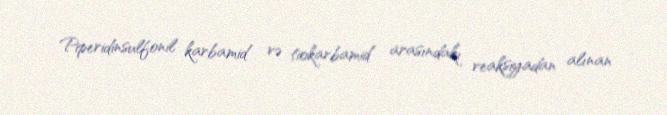
Piperidinsulfonil karbamid və tiokarbamid arasındakı reaksiyadan alınan